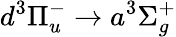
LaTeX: d^{3}\Pi_{u}^{-}\xrightarrow{}a^{3}\Sigma_{g}^{+}